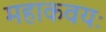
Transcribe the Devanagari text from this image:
महाकवयः